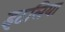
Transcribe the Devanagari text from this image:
इटलिया